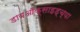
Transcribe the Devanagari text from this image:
डायऑक्साइड्च्या